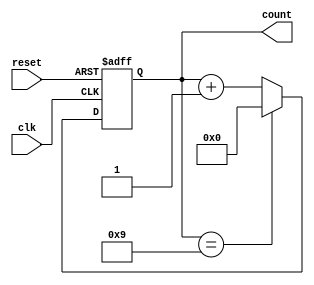
module DecadeRingCounter (
    input wire clk,           // Clock input
    input wire reset,         // Asynchronous reset input
    output reg [3:0] count    // 4-bit output for the counter
);

// State transition logic
always @(posedge clk or posedge reset) begin
    if (reset) begin
        count <= 4'b0000;    // Reset the counter to 0
    end else begin
        // Increment the counter
        if (count == 4'b1001) begin
            count <= 4'b0000; // Reset to 0 after reaching 9
        end else begin
            count <= count + 1; // Increment the count
        end
    end
end

endmodule